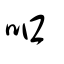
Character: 吅